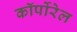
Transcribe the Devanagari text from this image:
कॉर्पोरेल